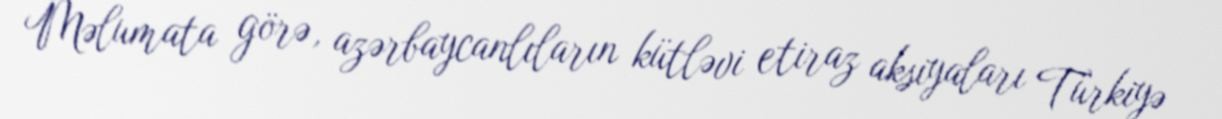
Məlumata görə, azərbaycanlıların kütləvi etiraz aksiyaları Türkiyə